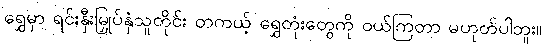
ရွှေမှာ ရင်းနှီးမြှုပ်နှံသူတိုင်း တကယ့် ရွှေတုံးတွေကို ဝယ်ကြတာ မဟုတ်ပါဘူး။